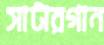
সাটারগান